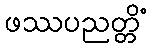
ဖဿပညတ္တိံ